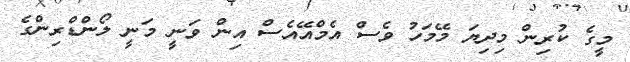
މީގެ ކުރިން މިދިޔަ މޭމަހު ވެސް އެމްއޭއެސް އިން ވަނީ މަނީ ލޯންޑްރިންގެ